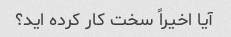
آیا اخیراً سخت کار کرده اید؟